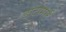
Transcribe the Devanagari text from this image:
डाटामार्ट